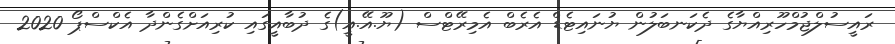
ރައީސުލްޖުމްހޫރިއްޔާގެ ދެކަނބަލުން ޔުނައިޓެޑް އެރެބް އެމިރޭޓްސް (ޔޫ.އޭ.އީ)ގެ ދުބާއީގައި ކުރިއަށްގެންދާ އެކްސްޕޯ 2020